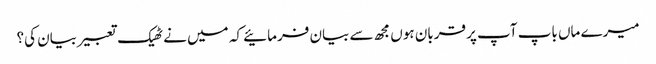
میرے ماں باپ آپ پر قربان ہوں مجھ سے بیان فرمائیے کہ میں نے ٹھیک تعبیر بیان کی؟